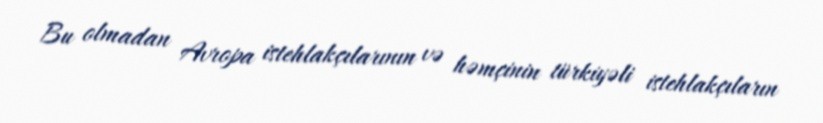
Bu olmadan Avropa istehlakçılarının və həmçinin türkiyəli istehlakçıların